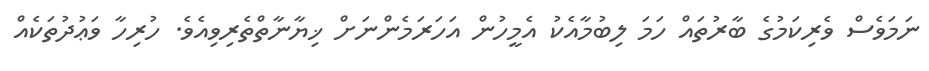
ނަމަވެސް ވެރިކަމުގެ ބާރުތައް ހަމަ ލިބުމާއެކު އެމީހުން އަހަރަމެންނަށް ޚިޔާނާތްތެރިވިއެވެ. ހުރިހާ ވަޢުދުތަކެއް